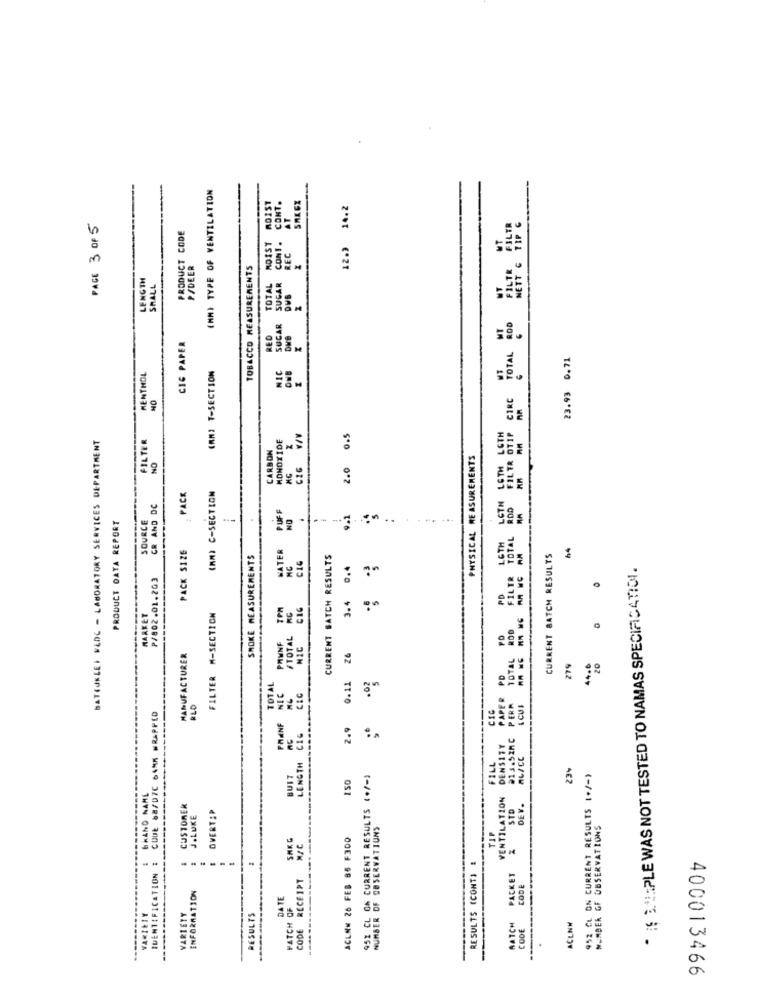
(MM) TYPE OF VENTILATION
RO1ST
CONT.
14.2
AT
PAGE 3 OF 5
PRODUCT CODE
ROIST
12.3
REC
P/DEER
TOBACCO MEASUREMENTS
LENGTH
SMALL
TOTAL
DWS
TOTAL ROD
MT
RED
CIC PAPER
23.93 0.71
(MM] T-SECTION
ONE
MENTHOL
CIRC
FILTR OTIP
BATEUKLEI FEDC - LABORATORY SERVICES DEPARTMENT
FILTER
MONOXIDE
CIC V/V
0.5
LETH LETH
CARBON
NO
PHYSICAL MEASUREMENTS
2.0
NG
(MM) C-SECTION
PACK
LGTH
CR AND DE
PUFF
ROD
PRODUCT DATA REPORT
SOURCE
NO
LOTH
FILTR TOTAL
PACK SIZE
KATER
64
SMOKE MEASUREMENTS
CIG
CURRENT BATCH RESULTS
CURRENT BATCH RESULTS
* %$ 3.#:PLE WAS NOT TESTED TO NAMAS SPECIACATION.
P/802.01.203
TOTAL RG
3.4
PD
MARKET
FILTER #-SECTION
0
PRUNE
PD
MIC
MANUFACTURER
TOTAL
279
20
0.11
.02
TOTAL
NIC
PAPER
RLO
CIG
PERA
I CUI
COUL 88/07C 64MM WRAPPED
PRENF
2.9
213.52MC
DENSITY
LENGTH
n&CC
FILL
23%
BUIT
150
952 CL ON CURRENT RESULTS (+/-)
952 CL ON CURRENT RESULTS (+/-)
BRAND NAME
VENTILATION
CUSTOMER
OVERTEP
STD
DEV.
J.LUKE
OBSERWATIUNS
MEMBER OF OBSERVATIONS
ACLNM 26 FEB 86 F300
TIF
SAK
E
RESULTS (CONT) &
IDENTIFICATION
CODE RECEIPT
PACKET
ENFORMATION
CODE
DATE
FATCH OF
VARIETY
VARIETY
RESULTS
NUMBER
ACLNM
BATCH
CODE
400013466